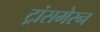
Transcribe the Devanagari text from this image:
ट्रांसमेरन